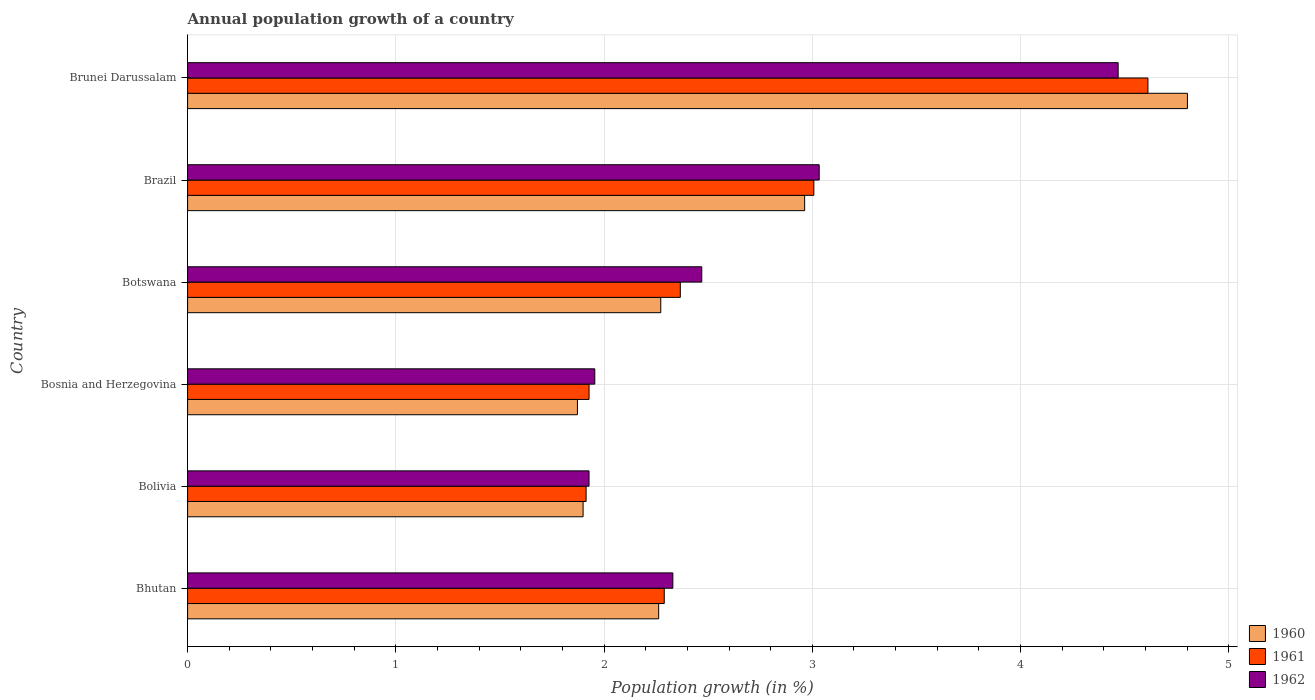
| Country | 1960 | 1961 | 1962 |
 | --- | --- | --- | --- |
 | Bhutan | 2.26 | 2.29 | 2.33 |
 | Bolivia | 1.9 | 1.91 | 1.93 |
 | Bosnia and Herzegovina | 1.87 | 1.93 | 1.96 |
 | Botswana | 2.27 | 2.37 | 2.47 |
 | Brazil | 2.96 | 3.01 | 3.03 |
 | Brunei Darussalam | 4.8 | 4.61 | 4.47 |